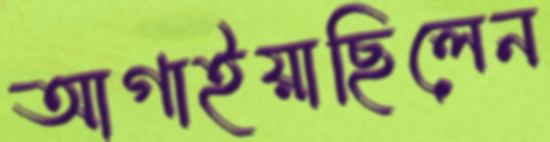
আগাইয়াছিলেন